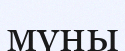
мүны